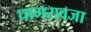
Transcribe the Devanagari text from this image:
घागरावजा